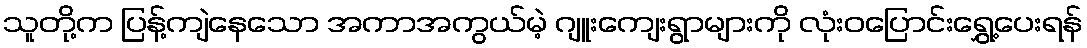
သူတို့က ပြန့်ကျဲနေသော အကာအကွယ်မဲ့ ဂျူးကျေးရွာများကို လုံးဝပြောင်းရွှေ့ပေးရန်